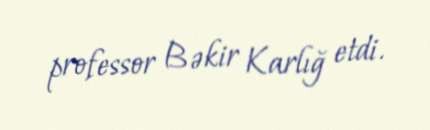
professor Bəkir Karlığ etdi.